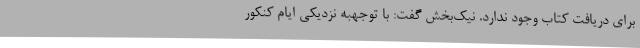
برای دریافت کتاب وجود ندارد. نیک‌بخش گفت: با توجهبه نزدیکی ایام کنکور